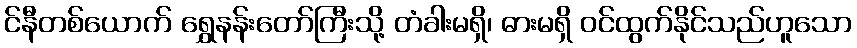
င်နီတစ်ယောက် ရွှေနန်းတော်ကြီးသို့ တံခါးမရှိ၊ ဓားမရှိ ဝင်ထွက်နိုင်သည်ဟူသော